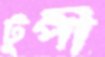
টুপী